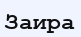
Заира